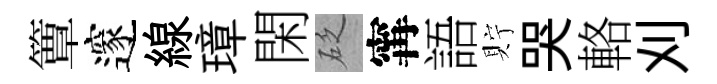
簟邃線璋閑砭𡩋語貯哭輅刈